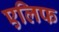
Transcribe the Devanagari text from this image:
एलिफ